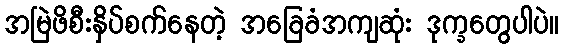
အမြဲဖိစီးနှိပ်စက်နေတဲ့ အခြေခံအကျဆုံး ဒုက္ခတွေပါပဲ။